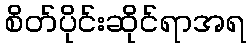
စိတ်ပိုင်းဆိုင်ရာအရ